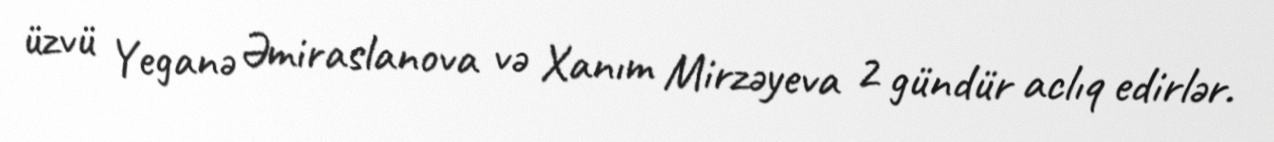
üzvü Yeganə Əmiraslanova və Xanım Mirzəyeva 2 gündür aclıq edirlər.